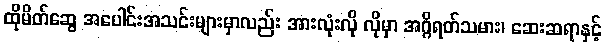
ထိုမိတ်ဆွေ အပေါင်းအသင်းများမှာလည်း အားလုံးလို လိုမှာ အဂ္ဂိရတ်သမား၊ ဆေးဆရာနှင့်